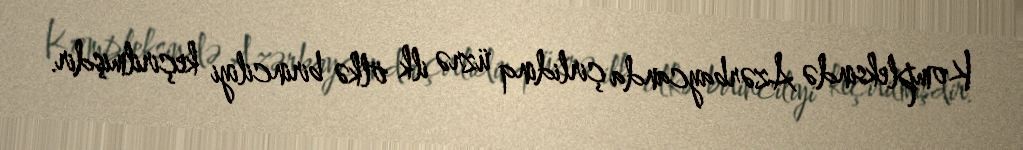
Kompleksində Azərbaycanda çirlidinq üzrə ilk ölkə birinciliyi keçirilmişdir.